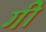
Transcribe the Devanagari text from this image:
गीं